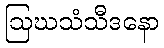
ဩဃသံသီဒနော